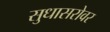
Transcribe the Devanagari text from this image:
सुधासरोवर